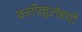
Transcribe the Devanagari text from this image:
क्लीव्हलंडची